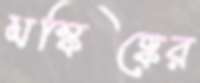
মস্কিষ্কের